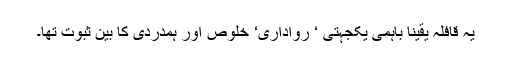
یہ قافلہ یقینا باہمی یکجہتی ‘ رواداری‘ خلوص اور ہمدردی کا بین ثبوت تھا۔